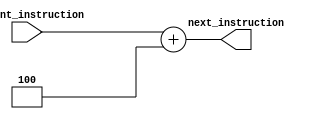
   module next_instruction(
	   input wire [31:0] current_instruction,
	   output reg[31:0] next_instruction
	   ); 
	   
	   
	   always@(*)
		   begin
		   
		   next_instruction= current_instruction+4;
		   end 
		   endmodule